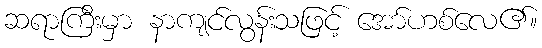
ဆရာကြီးမှာ နာကျင်လွန်းသဖြင့် အော်ဟစ်လေ၏။